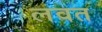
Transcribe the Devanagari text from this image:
लवत